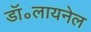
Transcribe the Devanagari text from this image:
डॉ॰लायनेल